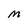
Character: M